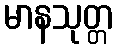
မာနသုတ္တ